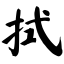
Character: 拭